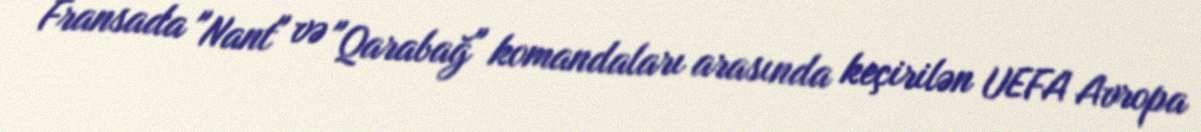
Fransada "Nant" və "Qarabağ" komandaları arasında keçirilən UEFA Avropa